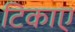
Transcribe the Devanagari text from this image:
टिकाए